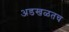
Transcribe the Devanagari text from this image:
अडखळतच